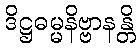
ဒိဋ္ဌဓမ္မနိဗ္ဗာနန္တိ